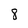
Character: 8